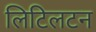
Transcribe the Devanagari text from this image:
लिटिलटन